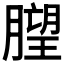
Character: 𱼙